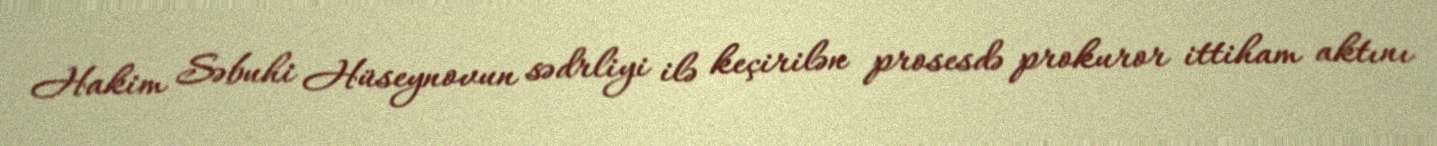
Hakim Səbuhi Hüseynovun sədrliyi ilə keçirilən prosesdə prokuror ittiham aktını